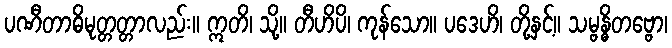
ပဏီတာဓိမုတ္တတ္တာလည်း။ ဣတိ၊ သို့။ တီဟိပိ၊ ကုန်သော။ ပဒေဟိ၊ တို့နှင့်။ သမ္ဗန္ဓိတဗ္ဗော၊